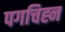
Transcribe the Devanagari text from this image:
पगचिह्न